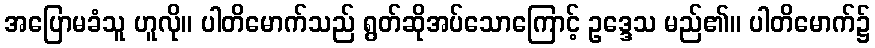
အပြောမခံသူ ဟူလို။ ပါတိမောက်သည် ရွတ်ဆိုအပ်သောကြောင့် ဥဒ္ဒေသ မည်၏။ ပါတိမောက်၌